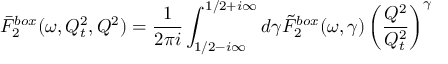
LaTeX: \bar { F } _ { 2 } ^ { b o x } ( \omega , Q _ { t } ^ { 2 } , Q ^ { 2 } ) = { \frac { 1 } { 2 \pi i } } \int _ { 1 / 2 - i \infty } ^ { 1 / 2 + i \infty } d \gamma \tilde { F } _ { 2 } ^ { b o x } ( \omega , \gamma ) \left( \frac { Q ^ { 2 } } { Q _ { t } ^ { 2 } } \right) ^ { \gamma }